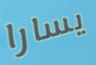
يسارا